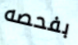
بفحصه